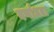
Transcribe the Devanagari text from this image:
वर्णाधता